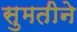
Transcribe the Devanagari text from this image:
सुमतीने